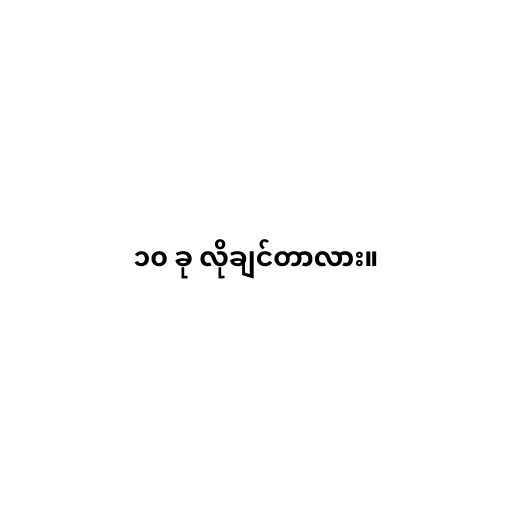
၁၀ ခု လိုချင်တာလား။